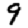
Digit: 9